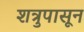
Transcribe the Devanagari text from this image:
शत्रुपासून